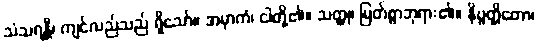
သံသရန္တီ၊ ကျင်လည်သည် ရှိသော်။ အမှာကံ၊ ငါတို့၏။ သတ္ထု၊ မြတ်စွာဘုရား၏။ နိဗ္ဗတ္တိတော၊